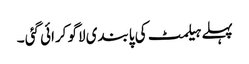
پہلے ہیلمٹ کی پابندی لاگو کرائی گئی ۔